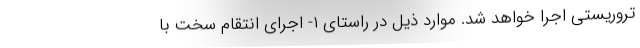
تروریستی اجرا خواهد شد. موارد ذیل در راستای ۱- اجرای انتقام سخت با